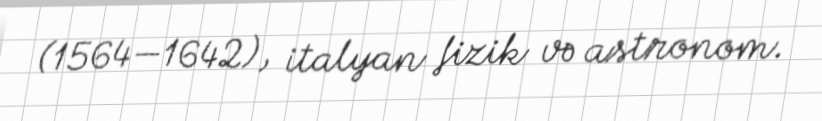
(1564—1642), italyan fizik və astronom.